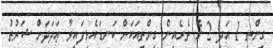
ގިންތި 1 އަދި 2 ގެ ތެރެއިން ގިންތިއަކަށް ކަނޑައެޅިފައިވާ ޢަދަދަށް ޝަރުޠު